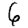
Digit: 6